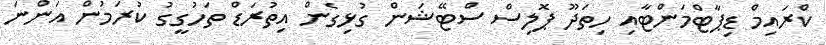
ކްރައިމް ޑިޕާޓްމަންޓާއި ހިތަދޫ ޕޮލިސް ސްޓޭޝަން ގުޅިގެން އިތުރަޑް ތަހުގީގު ކުރަމުން އަންނަ